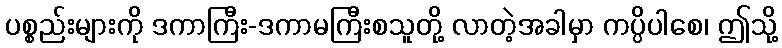
ပစ္စည်းများကို ဒကာကြီး-ဒကာမကြီးစသူတို့ လာတဲ့အခါမှာ ကပ္ပိပါစေ၊ ဤသို့